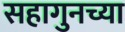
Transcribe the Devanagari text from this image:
सहागुनच्या